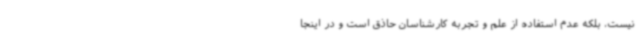
نیست، بلکه عدم استفاده از علم و تجربه کارشناسان حاذق است و در اینجا